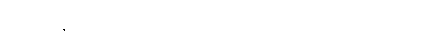
ကောင်းစွာနှလုံးသွင်းအပ်သည်။ သူပဓာရိတံ၊ ကောင်းစွာမှတ်အပ်သည်။ ပညာယ၊